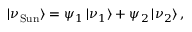
| \nu _ { \mathrm { S u n } } \rangle = \psi _ { 1 } \, | \nu _ { 1 } \rangle + \psi _ { 2 } \, | \nu _ { 2 } \rangle \, ,